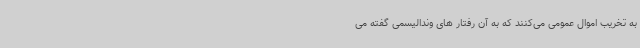
به تخریب اموال عمومی می‌کنند که به آن رفتار های وندالیسمی گفته می